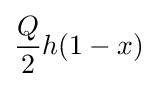
{\frac {Q}{2}}h(1-x)